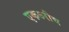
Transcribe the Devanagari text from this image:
एकऽरीच